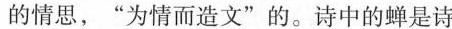
的情思，”为情而造文”的。诗中的蝉是诗